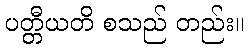
ပတ္တီယတိ စသည် တည်း။